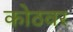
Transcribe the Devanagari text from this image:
कोठवर